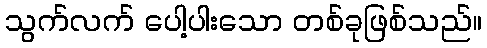
သွက်လက် ပေါ့ပါးသော တစ်ခုဖြစ်သည်။